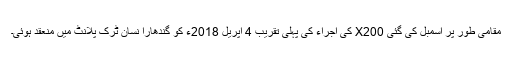
مقامی طور پر اسمبل کی گئی X200 کی اجراء کی پہلی تقریب 4 اپریل 2018ء کو گندھارا نسان ٹرک پلانٹ میں منعقد ہوئی۔